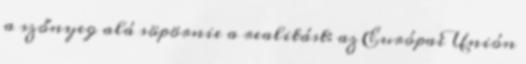
a szőnyeg alá söpörnie a realitást: az Európai Unión